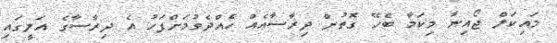
މައިކަލް ޖޯއިނާ މިކަމާ ބެހޭ ގޮތުން ދިރާސާއެއް ހެއްދެވުމަށްފަހު އެ ދިރާސާގެ އަލީގައި